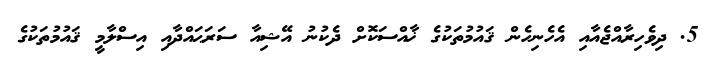
5. ދިވެހިރާއްޖެއާއި އެހެނިހެން ޤައުމުތަކުގެ ޚާއްސަކޮށް ދެކުނު އޭޝިއާ ސަރަޙައްދާއި އިސްލާމީ ޤައުމުތަކުގެ